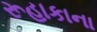
રૂહાકાના